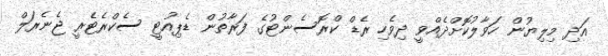
އަދި މިލިޔުން ހަވާލުކޮށްދެއްވީ ދިވެހި ރެޑް ކްރޮސެންޓުގެ ފަރާތުން ޑެޕިއުޓީ ސެކްރެޓެރީ ޖެނެރަލް